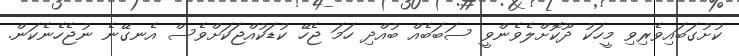
ކުށުގަބައިވެރިވި މީހަކު ދޫކޮށްލެވެންވީ ސަބަބެއް ބުއްދި ހަމަ ޖެހޭ ކުޑަކުއްޖަކަށްވެސް އެނގޭނެ ނުޖެހެނެކަން.